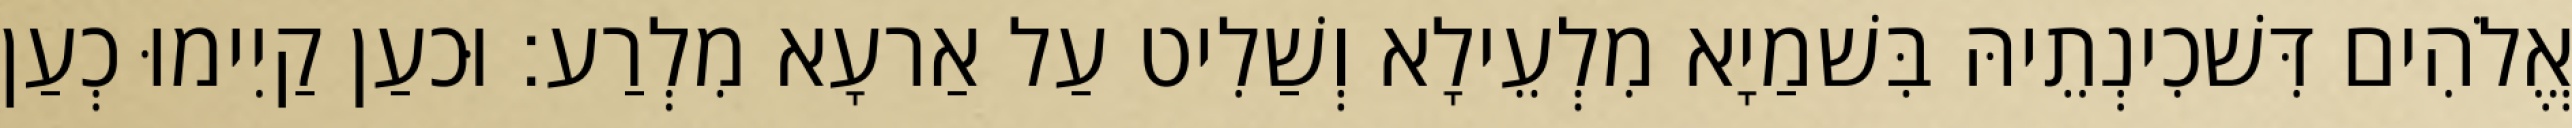
אֱלֹהִים דִּשׁכִינְתֵיהּ בִּשׁמַיָא מִלְעֵילָא וְשַׁלִיט עַל אַרעָא מִלְרַע׃ וּכעַן קַיִימוּ כְעַן